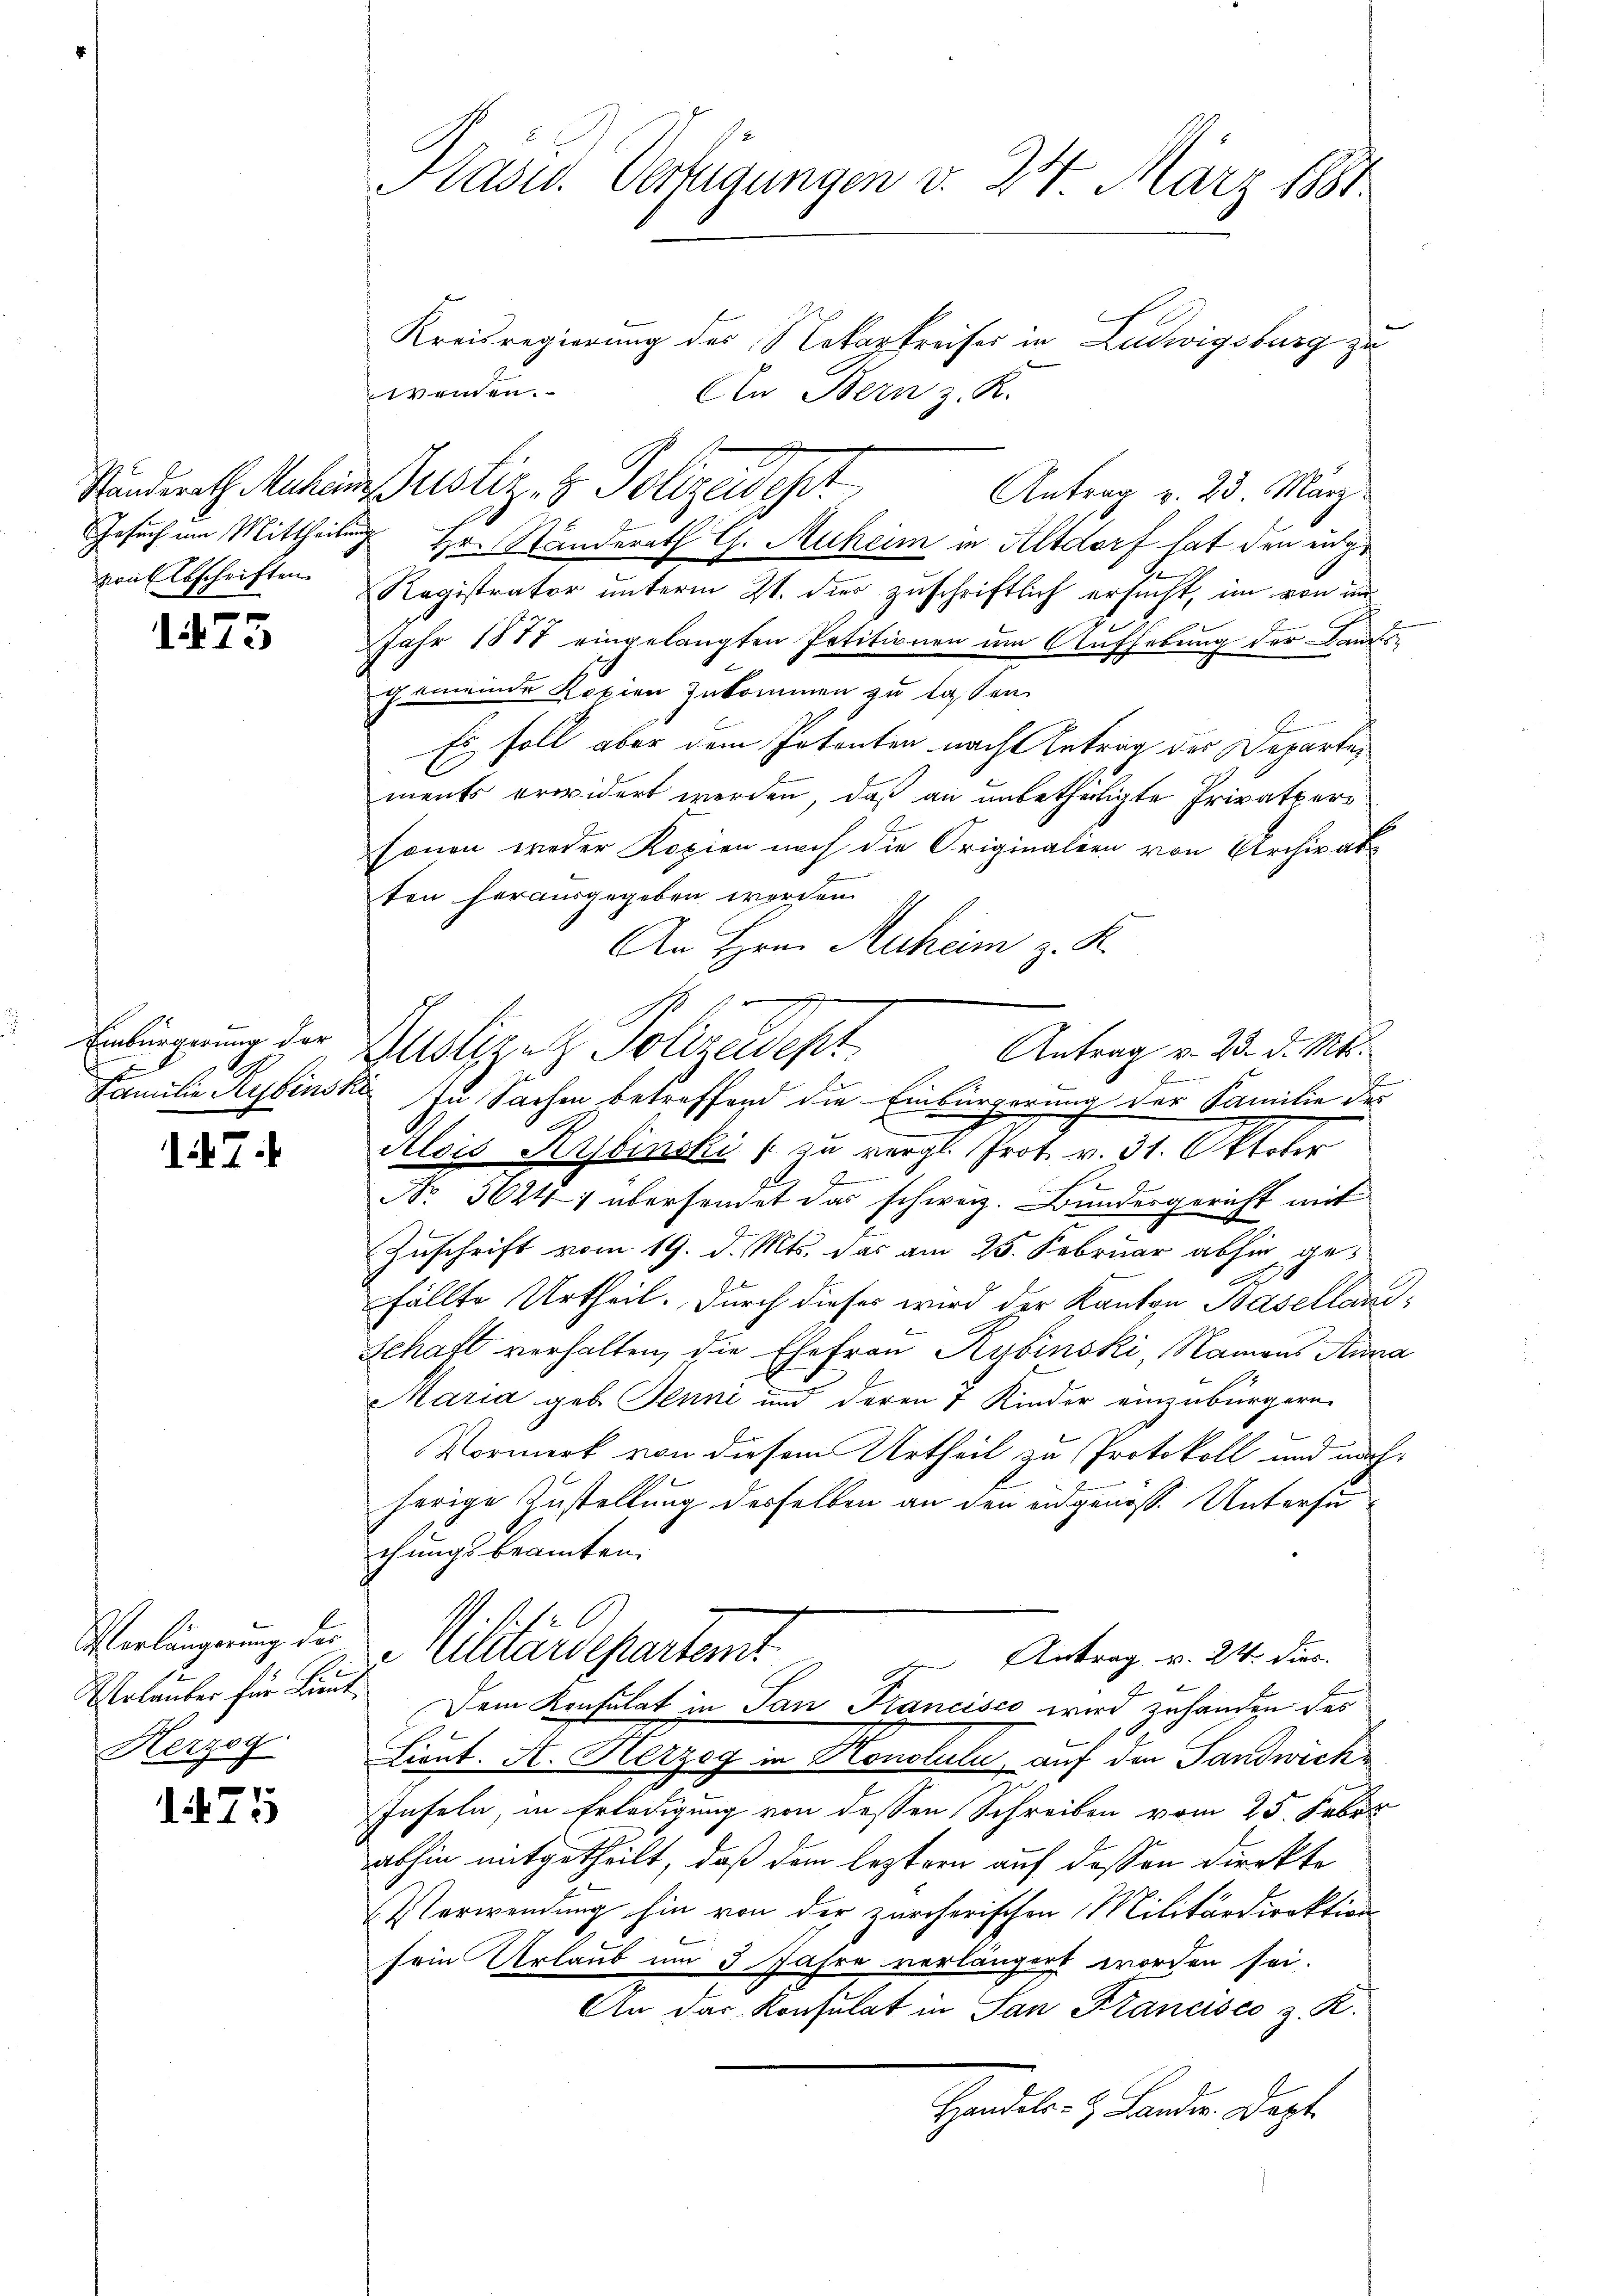
von Abschriften

1475

Einbürgerung der
Familien Rybinskr

174

Verlängerung der
Herzog

1475

Kasus. Verfügungen v. 24 März 1881

Kreisregierung des Nokarkreises in Ludwigsburg zu
wenden.
An Bern z. K.
Antrag v. 23. März
Gesuch im Mittheilung Hr. Standerath G. Muheim in Altdorf hat den eig¬
Registrator unterm 21. dies zuschriftlich ersucht, im von un
Jahr 1877 eingelangten Petitionen um Aufhebung der Lands-
gemeinde Kopien zukommen zu lassen.
Es soll aber dem Patenten nach Antrag der Departements erwidert werden, daß an unbetheiligte Privatpers
E
sonen weder Kopien nach die Originalien von Archivat
ten herausgegeben worden.
An Hrn. Ruheim z. R.
Justizel Polizeident
In Sachen betreffend die Einbürgerung der Familie des
Alois Kybinski / zu vergl. Prot. v. 31. Oktober
A
No 30247 übersendet das schweiz. Bundesgericht mit
Zuschrift vom 19. d. Mts. das am 25. Februar abhin gefällte Urtheil. Durch dieses wird der Kanton Baselland¬
Schaft verhalten, die Ehefrau Kybinski, Namens Kura
Maria geb. Jenni und deren 4 Kinder einzubürgern,
8
Vormerk von diesem Urtheil zu Protokoll und nach
herige Zustellung desselben an den eidgenöss. Untersuchungsbeamten.
. s. f
Alltardepartem
Antrag v. 24. dies
Urlauber für Lieut. Dem Konsulat in San Francisco wird zuhanden des
2
Lient. A. Herzog in Honotuln, auf den Sandwicke
Inseln, in Erledigung von dessen Schreiben vom 25. Feber
abhin mitgetheilt, daß dem leztern auf dessen direkte
Verwendung hin von der zürcherischen Militärdirektion
sein Urlaub um 3 Jahre verlängert worden sei.
An das Konsulat in San Francisco z. K.
Handeler 4. Landen Dept.

Stunderath Machen Justiz, z. Polizeidest

.
Antrag v. 23. d. Mts.
S